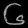
Digit: ၆